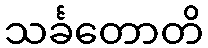
သင်္ခတောတိ